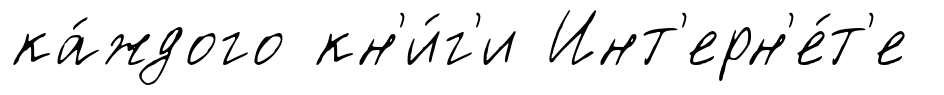
ка́ждого кн'и́г'и Инт'ерн'е́т'е